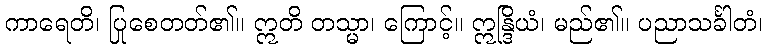
ကာရေတိ၊ ပြုစေတတ်၏။ ဣတိ တသ္မာ၊ ကြောင့်။ ဣန္ဒြိယံ၊ မည်၏။ ပညာသင်္ခါတံ၊